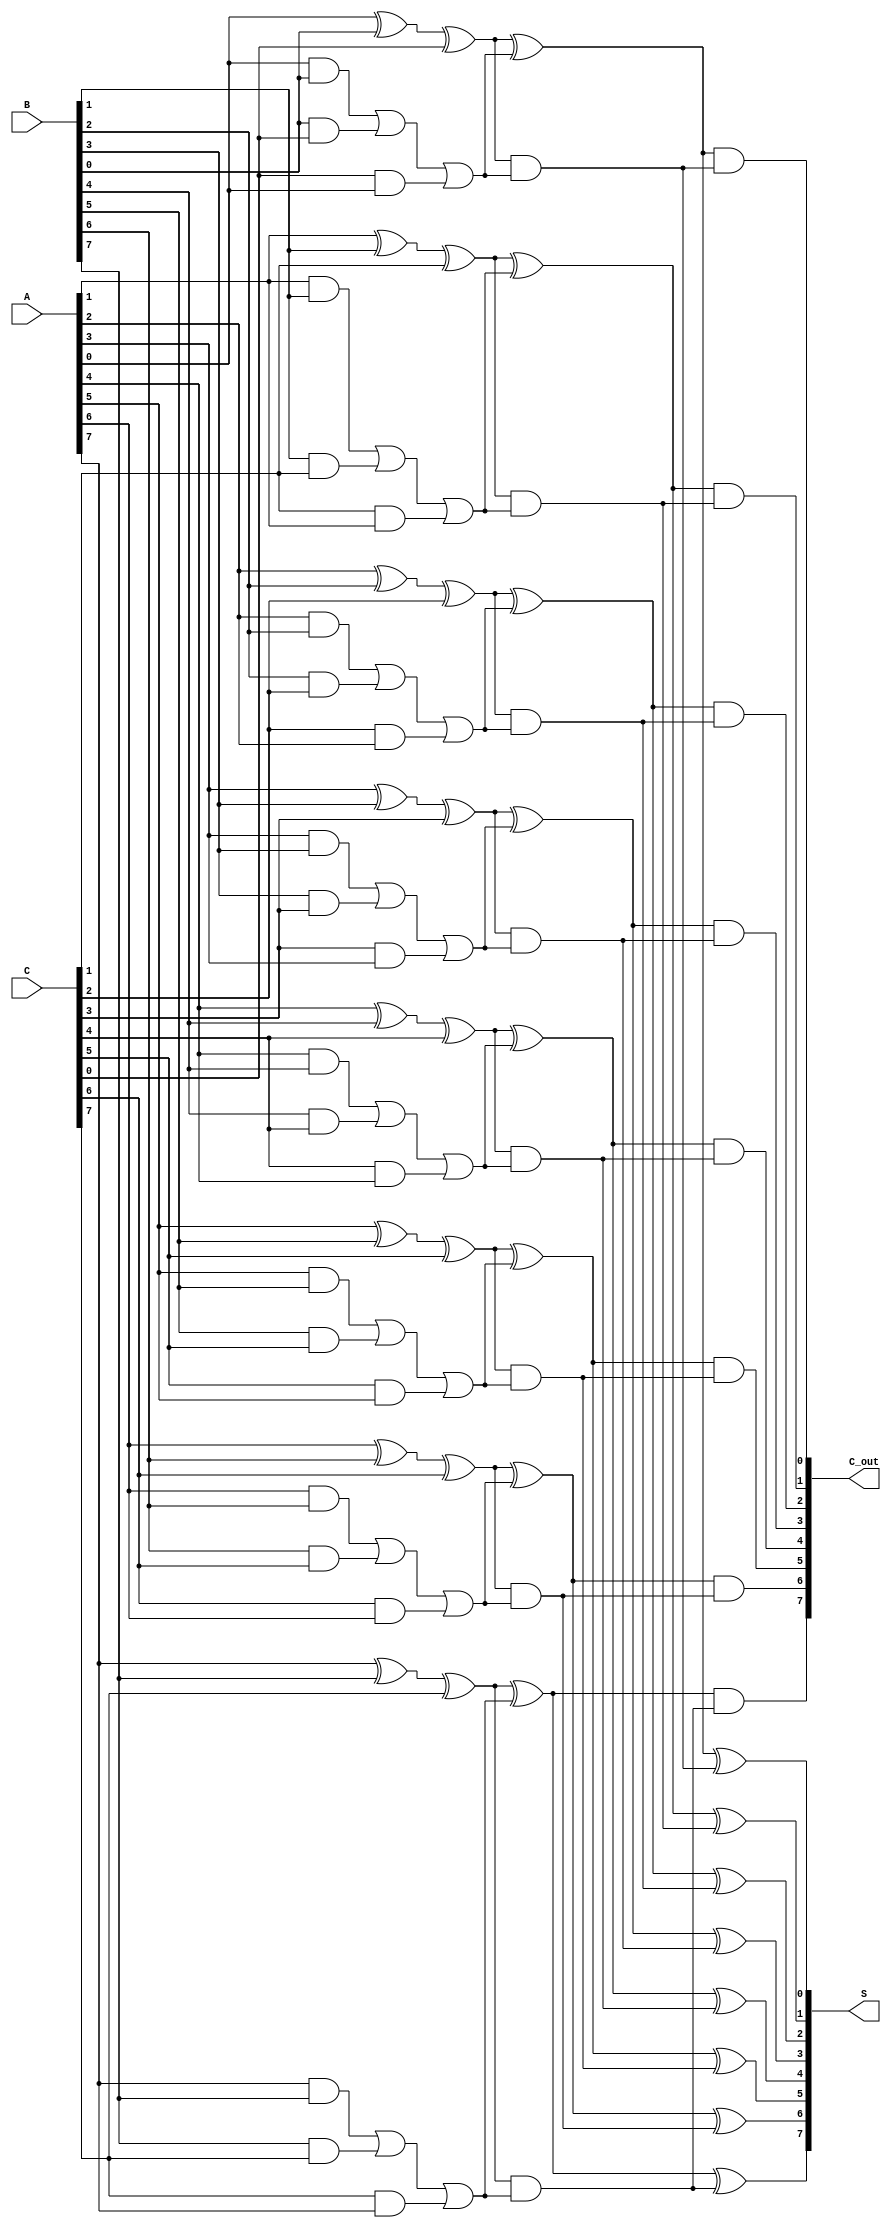
module carry_save_adder #(
    parameter N = 8 // Width of the operands
)(
    input  [N-1:0] A, // First operand
    input  [N-1:0] B, // Second operand
    input  [N-1:0] C, // Third operand
    output [N-1:0] S, // Final sum output
    output [N-1:0] C_out // Final carry output
);

    // Intermediate signals for partial sums and carries
    wire [N-1:0] S1, S2, S3; // Partial sums
    wire [N-1:0] C1, C2, C3; // Partial carries

    // Stage 1: Compute partial sums and carries
    genvar i;
    generate
        for (i = 0; i < N; i = i + 1) begin : CSA_stage1
            // Full adder for A, B, and C
            assign S1[i] = A[i] ^ B[i] ^ C[i]; // Partial sum
            assign C1[i] = (A[i] & B[i]) | (B[i] & C[i]) | (C[i] & A[i]); // Carry
        end
    endgenerate

    // Stage 2: Reduction tree to combine partial sums and carries
    wire [N-1:0] S2_temp, C2_temp;
    generate
        for (i = 0; i < N; i = i + 1) begin : CSA_stage2
            // Full adder for S1 and C1
            assign S2_temp[i] = S1[i] ^ C1[i]; // New partial sum
            assign C2_temp[i] = S1[i] & C1[i]; // New carry
        end
    endgenerate

    // Final stage: Combine the last set of sums and carries
    generate
        for (i = 0; i < N; i = i + 1) begin : CSA_final
            // Final full adder for S2_temp and C2_temp
            assign S[i] = S2_temp[i] ^ C2_temp[i]; // Final sum
            assign C_out[i] = S2_temp[i] & C2_temp[i]; // Final carry
        end
    endgenerate

endmodule